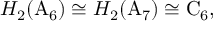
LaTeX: H _ { 2 } ( \mathrm { A } _ { 6 } ) \cong H _ { 2 } ( \mathrm { A } _ { 7 } ) \cong \mathrm { C } _ { 6 } ,